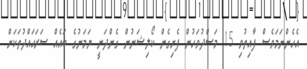
އެހެންނަމަވެސް ފާއިތުވި 15 މަސްދުވަހުން ފެށިގެން ކޯލިޝަނުން ގެންދަނީ ޔަމަނުގެ ބައެއް ސަރަޙައްދުތަކަށް